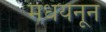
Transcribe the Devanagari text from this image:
मधयनून